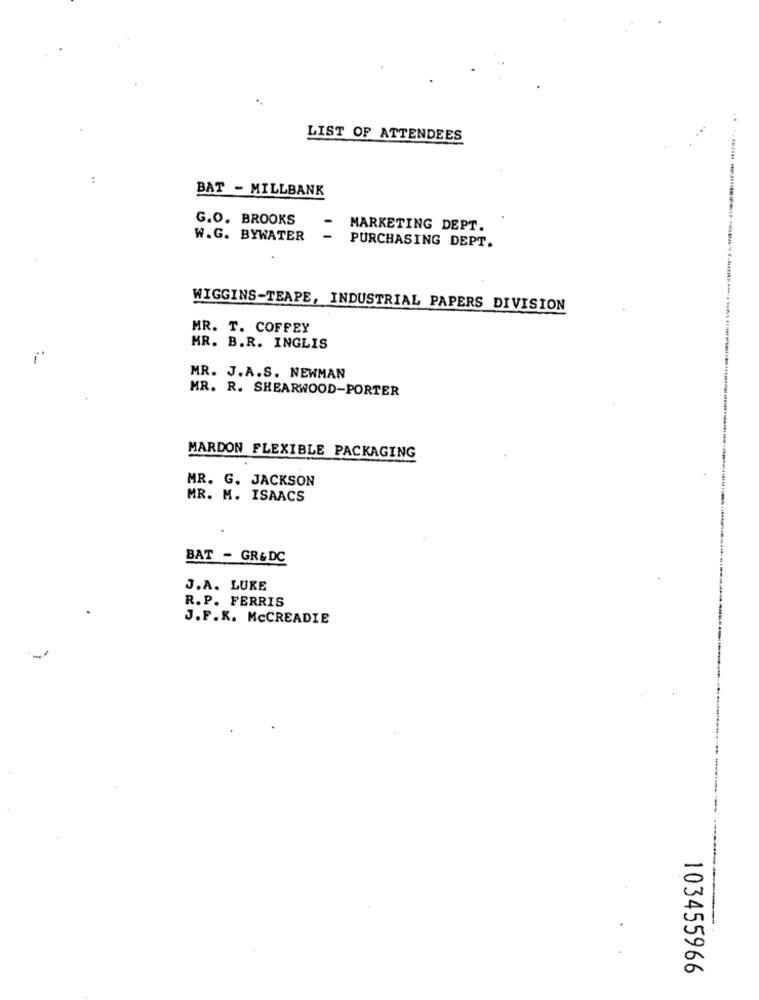
LIST OF ATTENDEES
BAT - MILLBANK
G.O. BROOKS
MARKETING DEPT.
W.G. BYWATER
PURCHASING DEPT.
WIGGINS-TEAPE, INDUSTRIAL PAPERS DIVISION
MR. T. COFFEY
MR. B.R. INGLIS
i
MR. J.A.S. NEWMAN
MR. R. SHEARWOOD-PORTER
MARDON FLEXIBLE PACKAGING
MR. G. JACKSON
MR. M. ISAACS
BAT - GR& DC
J.A. LUKE
R. P. FERRIS
J.F.K. McCREADIE
103455966